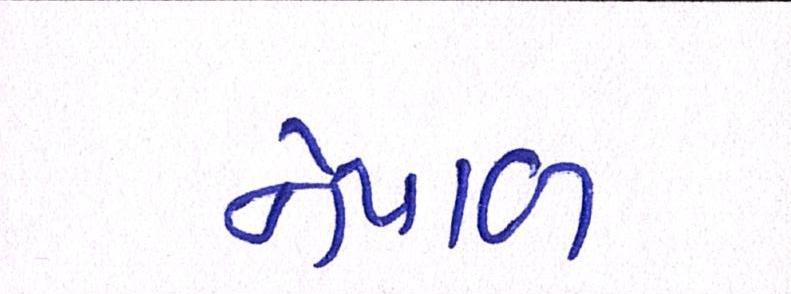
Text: નેપાળ